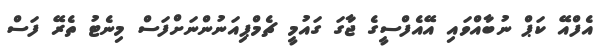
އެފްއޭ ކަޕް ނުބާއްވައި އޭއެފްސީގެ ޖާގަ ގައުމީ ޗެމްޕިއަނުންނަށްފަސް މިނެޓު ތެރޭ ފަސް